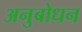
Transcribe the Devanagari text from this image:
अनुबोधन